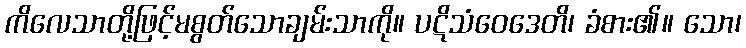
ကိလေသာတို့ဖြင့်မစွတ်သောချမ်းသာကို။ ပဋိသံဝေဒေတိ၊ ခံစား၏။ သော၊